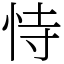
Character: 恃